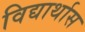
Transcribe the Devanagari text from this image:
विद्यार्थास